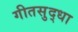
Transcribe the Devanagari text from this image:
गीतसुद्धा